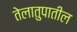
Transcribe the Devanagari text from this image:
तेलातुपातील